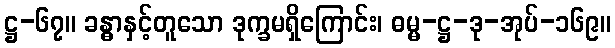
ဋ္ဌ-၆၇။ ခန္ဓာနှင့်တူသော ဒုက္ခမရှိကြောင်း၊ ဓမ္မ-ဋ္ဌ-ဒု-အုပ်-၁၆၉။